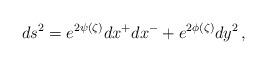
LaTeX: \begin{align*}ds^2 = e^{2\psi(\zeta)} dx^+ dx^- + e^{2\phi(\zeta)}dy^2\,,\end{align*}